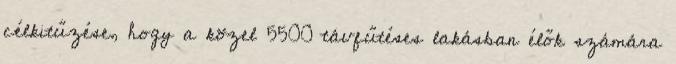
célkitűzése, hogy a közel 5500 távfűtéses lakásban élők számára